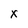
Character: X